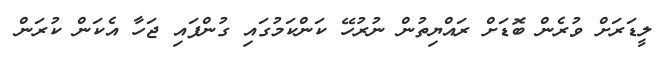
ލީޑަރަށް ވުރެން ބޮޑަށް ރައްޔިތުން ނުރުހޭ ކަންކަމުގައި ގުންފައި ޖަހާ އެކަން ކުރަން